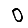
Digit: 0